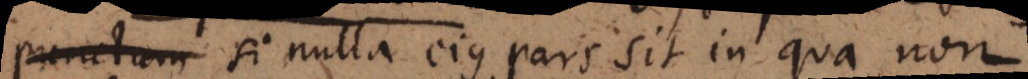
punctum si nulla ejus pars sit in qua non